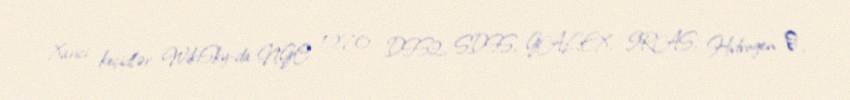
Xarici keçidlər WikiSky-da NGC 1270: DSS2, SDSS, GALEX, IRAS, Hidrogen α,